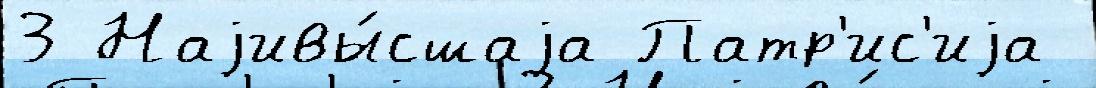
3 Наjивы́сшаjа Патр'ис'иjа